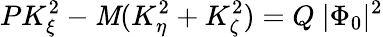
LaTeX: PK_{\xi}^{2}-\mathit{M}(K_{\eta}^{2}+K_{\zeta}^{2})=Q~|\Phi_{0}|^{2}